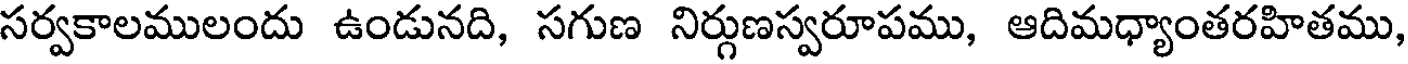
సర్వకాలములందు ఉండునది, సగుణ నిర్గుణస్వరూపము, ఆదిమధ్యాంతరహితము,